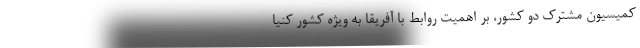
کمیسیون مشترک دو کشور، بر اهمیت روابط با آفریقا به ویژه کشور کنیا